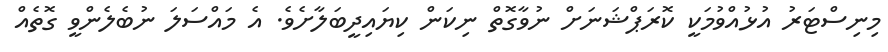
މިނިސްޓަރު އުޅުއްވުމަކީ ކޮރަޕްޝަނަށް ނުވާގޮތް ނިކަން ކިޔައިދީބަލާށެވެ. އެ މައްސަލަ ނުބެލެންވީ ގޮތެއް